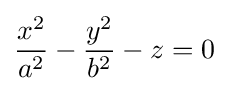
{x^{2} \over a^{2}}-{y^{2} \over b^{2}}-z=0